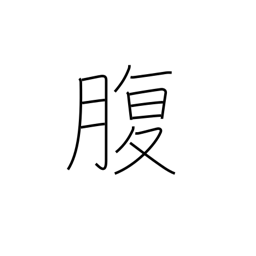
Meaning: belly